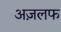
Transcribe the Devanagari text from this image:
अज़लफ